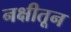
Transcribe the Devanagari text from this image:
नक्षीतून